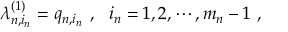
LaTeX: \lambda _ { n , i _ { n } } ^ { ( 1 ) } = q _ { n , i _ { n } } \ , \ \ i _ { n } = 1 , 2 , \cdots , m _ { n } - 1 \ ,